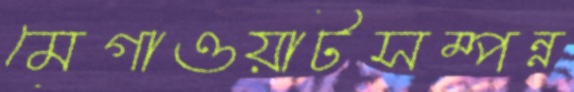
মেগাওয়াটসম্পন্ন